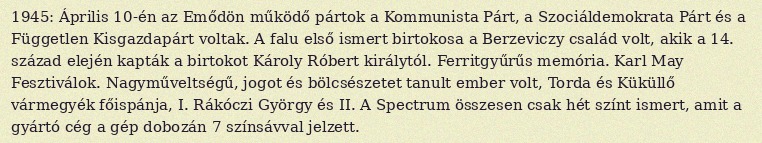
1945: Április 10-én az Emődön működő pártok a Kommunista Párt, a Szociáldemokrata Párt és a Független Kisgazdapárt voltak. A falu első ismert birtokosa a Berzeviczy család volt, akik a 14. század elején kapták a birtokot Károly Róbert királytól. Ferritgyűrűs memória. Karl May Fesztiválok. Nagyműveltségű, jogot és bölcsészetet tanult ember volt, Torda és Küküllő vármegyék főispánja, I. Rákóczi György és II. A Spectrum összesen csak hét színt ismert, amit a gyártó cég a gép dobozán 7 színsávval jelzett.